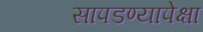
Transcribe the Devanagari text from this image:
सापडण्यापेक्षा